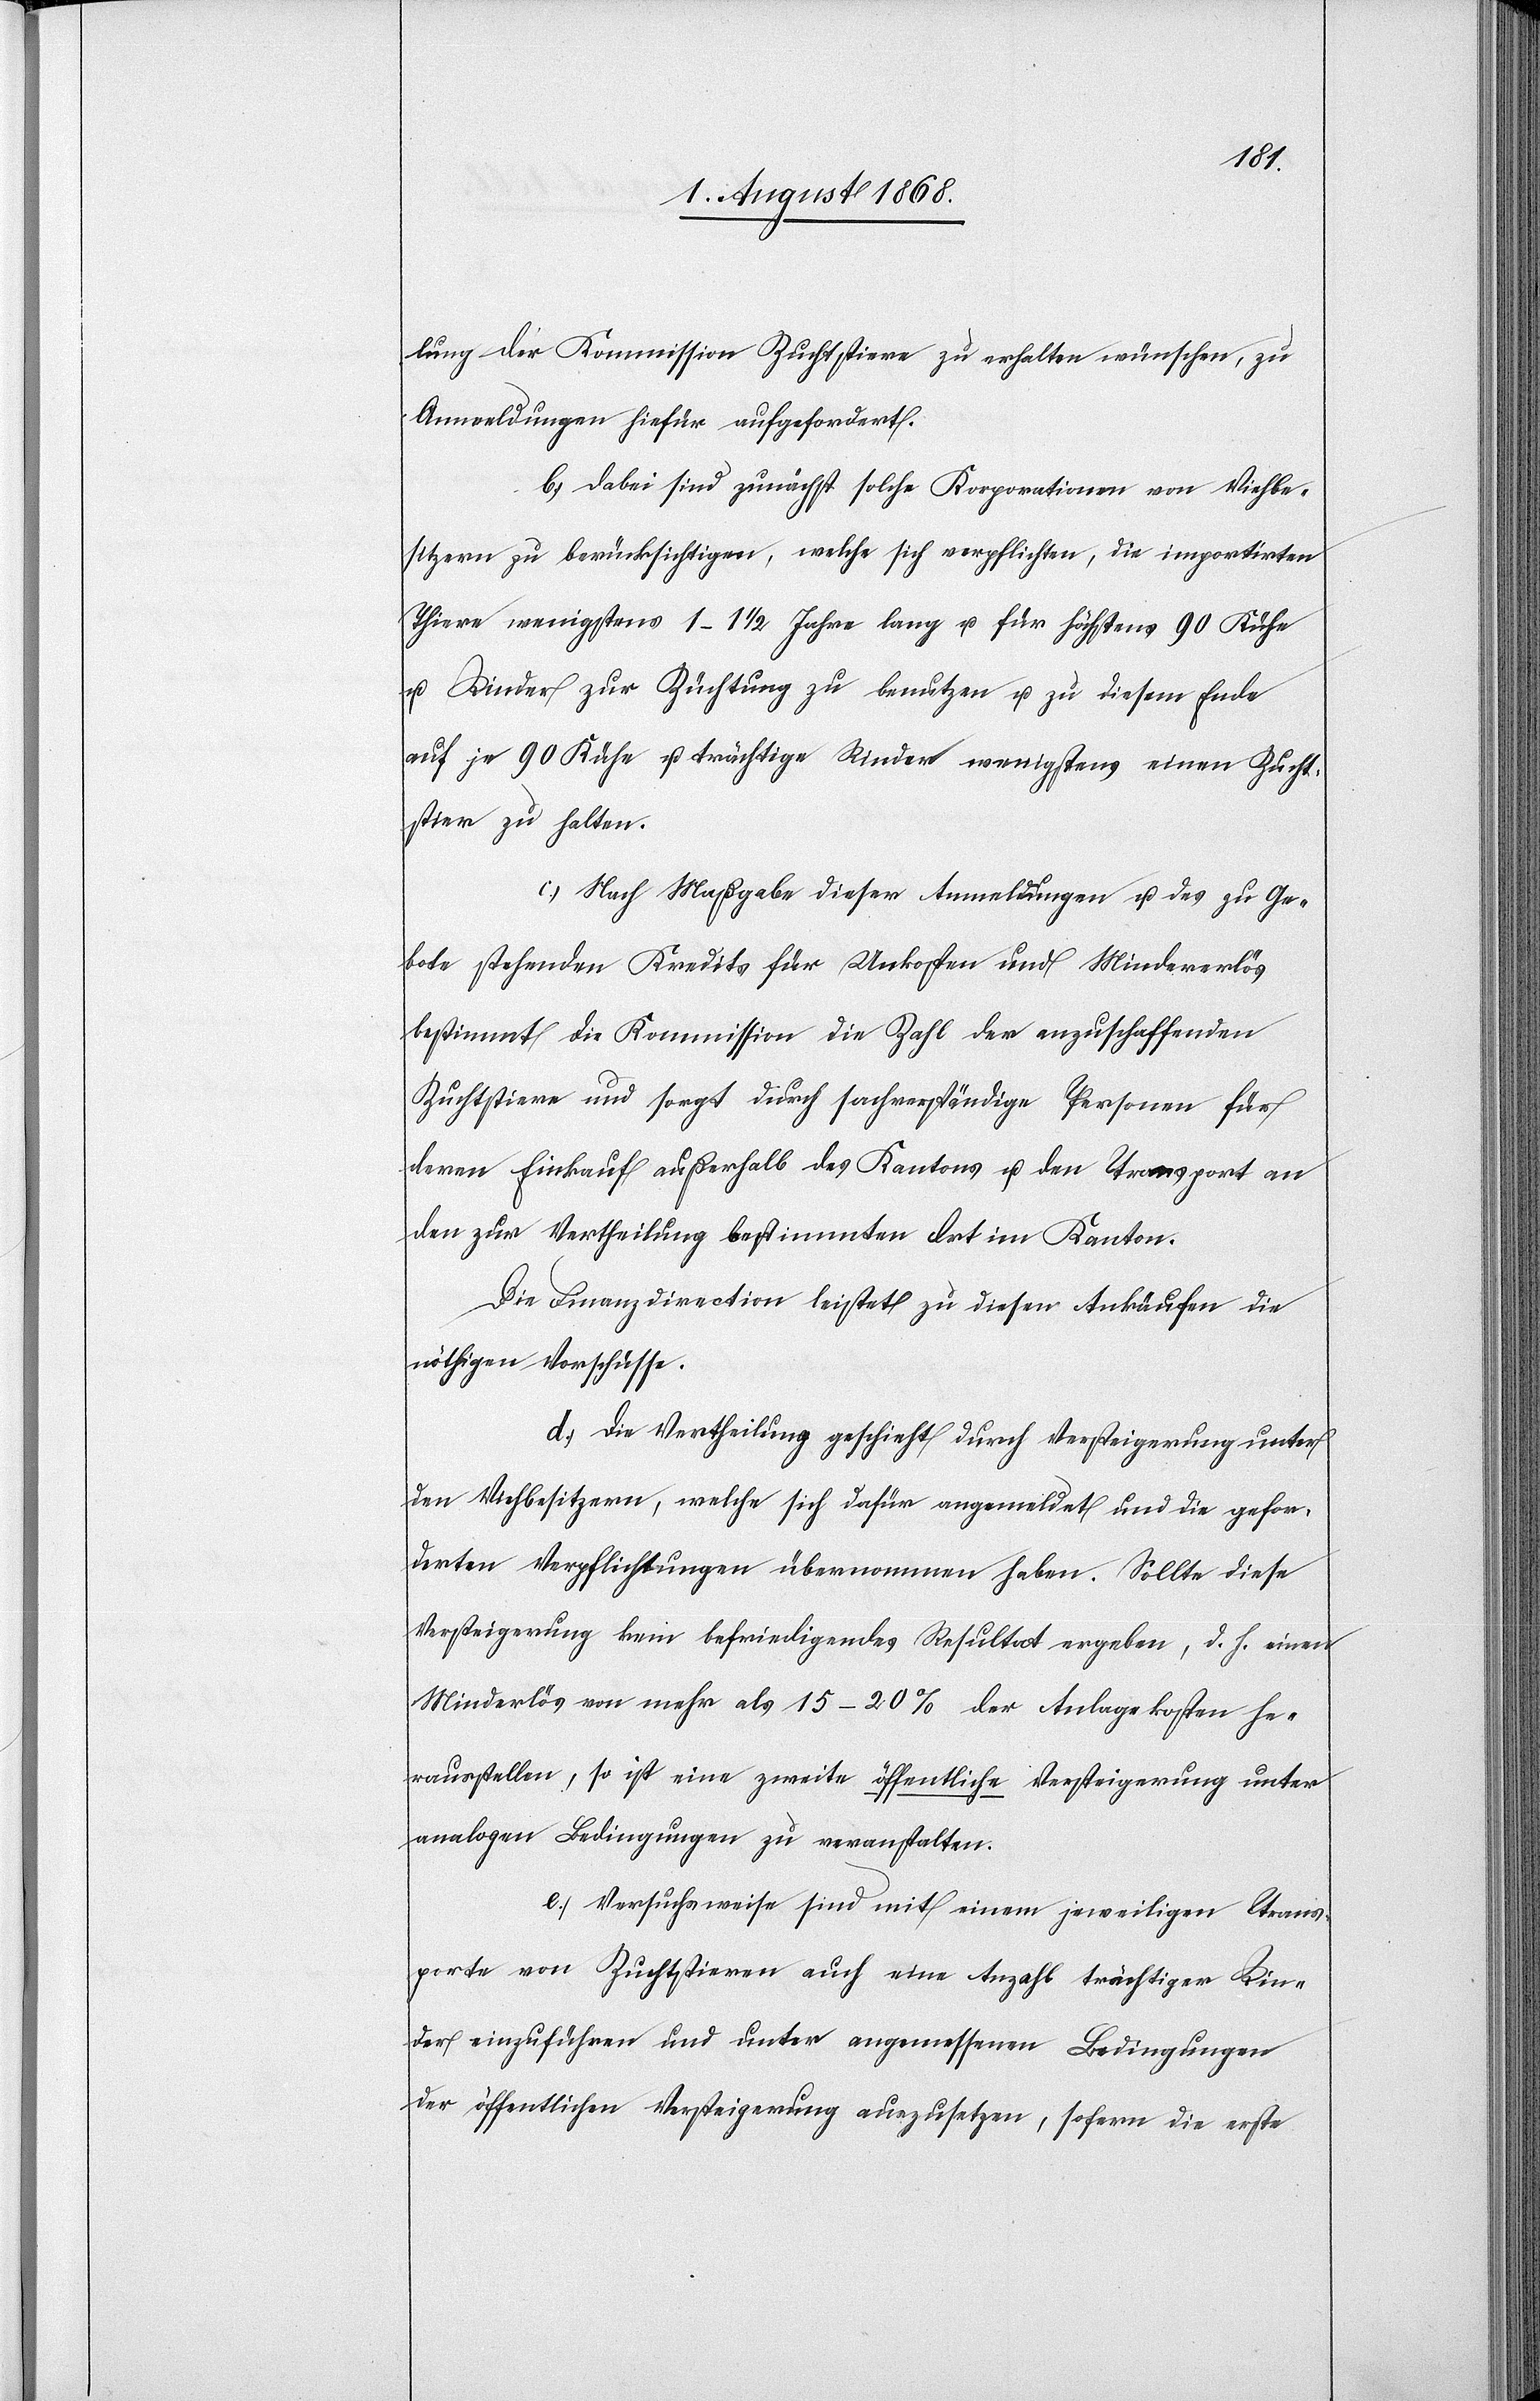
lung der Kommission Zuchtstiere zu erhalten wünschen, zu
Anmeldungen hiefür aufgefordert.
b.) Dabei sind zunächst solche Korporationen von Viehbe¬
sitzern zu berücksichtigen, welche sich verpflichten, die importirten
Thiere wenigstens 1–1 1/2 Jahre lang u. für höchstens 90 Kühe
u. Rinder zur Züchtung zu benutzen u. zu diesem Ende
auf je 90 Kühe u. trächtige Rinder wenigstens einen Zucht¬
stier zu halten.
c.) Nach Maßgabe dieser Anmeldungen u. des zu Ge¬
bote stehenden Kredits für Unkosten und Mindererlös
bestimmt die Kommission die Zahl der anzuschaffenden
Zuchtstiere und sorgt durch sachverständige Personen für
deren Einkauf außerhalb des Kantons u. den Transport an
den zur Vertheilung bestimmten Ort im Kanton.
Die Finanzdirection leistet zu diesen Ankäufen die
nöthigen Vorschüsse.
d.) Die Vertheilung geschieht durch Versteigerung unter
den Viehbesitzern, welche sich dafür angemeldet und die gefor¬
derten Verpflichtungen übernommen haben. Sollte diese
Versteigerung kein befriedigendes Resultat ergeben, d. h. einen
Minder[er]lös von mehr als 15–20% der Anlagekosten he¬
rausstellen, so ist eine zweite öffentliche Versteigerung unter
analogen Bedingungen zu veranstalten.
e.) Versuchsweise sind mit einem jeweiligen Trans¬
porte von Zuchtstieren auch eine Anzahl trächtiger Rin¬
der einzuführen und unter angemessenen Bedingungen
der öffentlichen Versteigerung auszusetzen, sofern die erste